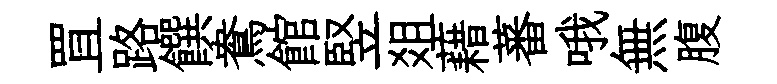
罝路饌鴦館竪爼藉蕃哦無腹